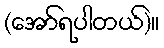
(အော်ရပါတယ်)။